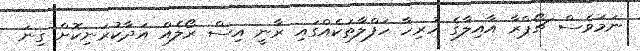
ނަމަވެސް ޗޯޕްރާ އާއިލާގެ ހުރިހާ ހަފްލާތަކެއްގައި ރާނީ އިސް ރޯލެއް އަދާކުރަނިކޮށް ގިނަ